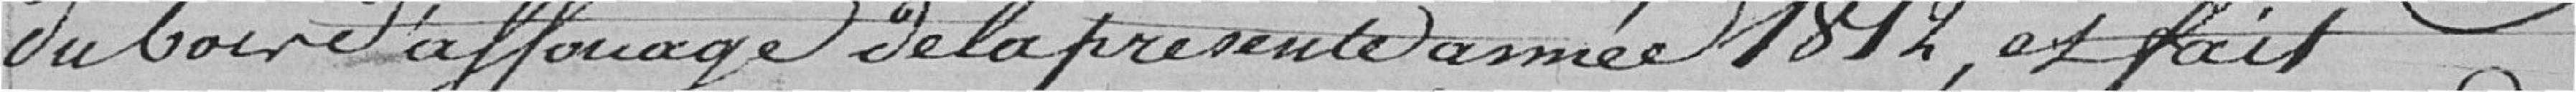
du bois d'affouage de la présente année 1812, et fait